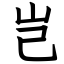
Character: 岂